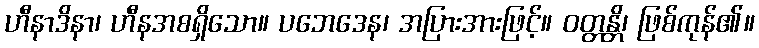
ဟီနာဒိနာ၊ ဟီနအစရှိသော။ ပဘေဒေန၊ အပြားအားဖြင့်။ ဝတ္တန္တိ၊ ဖြစ်ကုန်၏။